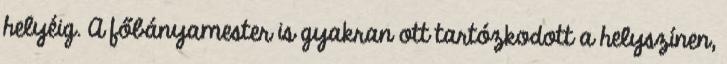
helyéig. A főbányamester is gyakran ott tartózkodott a helyszínen,